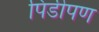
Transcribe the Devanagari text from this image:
पिंडीपण